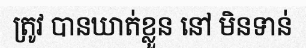
ត្រូវ បានឃាត់ខ្លួន នៅ មិនទាន់